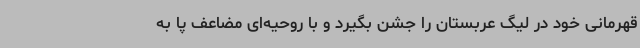
قهرمانی خود در لیگ عربستان را جشن بگیرد و با روحیه‌ای مضاعف پا به